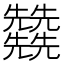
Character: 𠓙